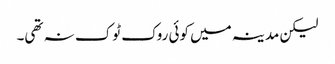
لیکن مدینہ میں کوئی روک ٹوک نہ تھی۔